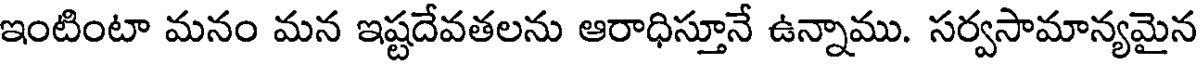
ఇంటింటా మనం మన ఇష్టదేవతలను ఆరాధిస్తూనే ఉన్నాము. సర్వసామాన్యమైన